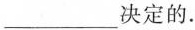
___决定的。